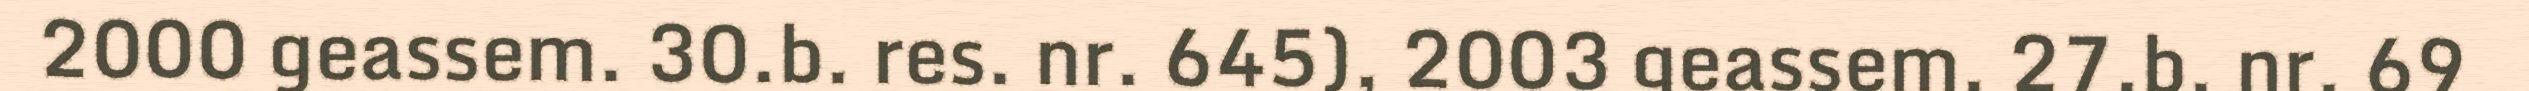
2000 geassem. 30.b. res. nr. 645), 2003 geassem. 27.b. nr. 69